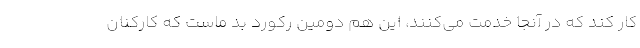
کار کند که در آنجا خدمت می‌کنند، این هم دومین رکورد بد ماست که کارکنان